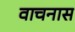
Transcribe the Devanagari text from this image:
वाचनास